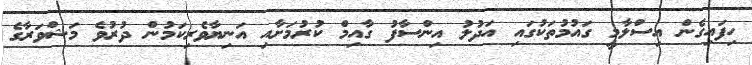
ހިފައިގެން އިސްލާމީ ގައުމުތަކުގައި އަދުލު އިންސާފު ގާއިމް ކުރުމަށާއި އަނިޔާވެރިކަމުން ދުރުވެ މަޝްވަރާގެ